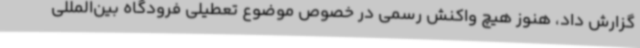
گزارش داد، هنوز هیچ واکنش رسمی در خصوص موضوع تعطیلی فرودگاه بین‌المللی